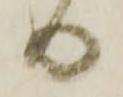
る